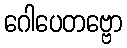
ဂေါပေတဗ္ဗော